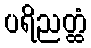
ပရိညတ္ထံ